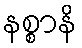
နစ္စာနိ